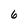
Character: 6